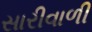
સારીવાળી